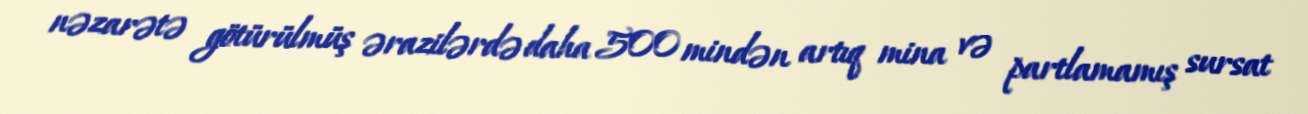
nəzarətə götürülmüş ərazilərdə daha 500 mindən artıq mina və partlamamış sursat